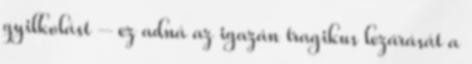
gyilkolást – ez adná az igazán tragikus lezárását a